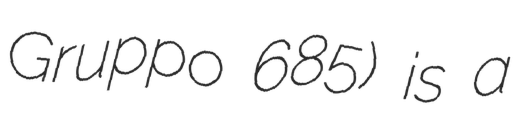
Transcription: Gruppo 685) is a